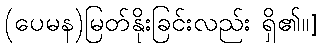
(ပေမန)မြတ်နိုးခြင်းလည်း ရှိ၏။]